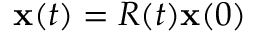
{ \bf x } ( t ) = R ( t ) { \bf x } ( 0 )